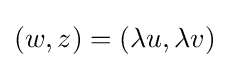
(w,z)=(\lambda u,\lambda v)